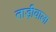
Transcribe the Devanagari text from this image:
ताड़ीवाला